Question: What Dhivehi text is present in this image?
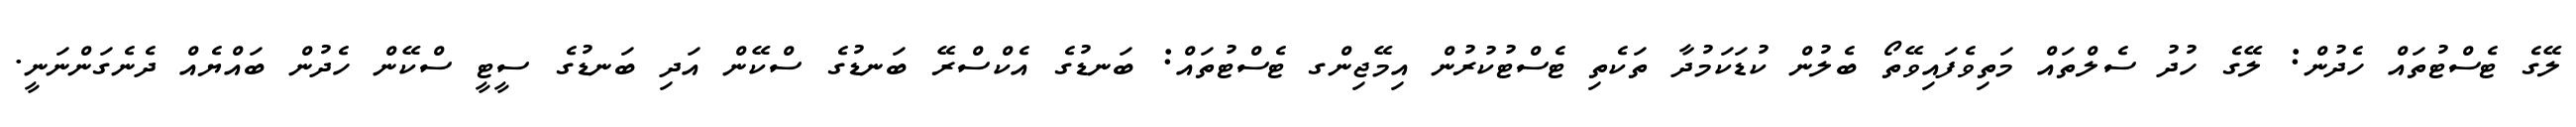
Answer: ލޭގެ ޓެސްޓުތައް ހެދުން: ލޭގެ ހުދު ސެލްތައް މަތިވެފައިވޭތޯ ބެލުން ކުޑަކަމުދާ ތަކެތި ޓެސްޓުކުރުން އިމޭޖިންގ ޓެސްޓުތައް: ބަނޑުގެ އެކްސްރޭ ބަނޑުގެ ސްކޭން އަދި ބަނޑުގެ ސީޓީ ސްކޭން ހެދުން ބައްޔެއް ދެނެގަންނަނީ.